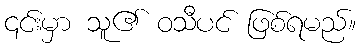
၎င်းမှာ သူ၏ ဝသီပင် ဖြစ်ရမည်။